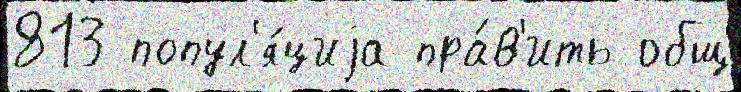
813 попул'я́циjа пра́в'ить общ